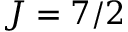
J = 7 / 2